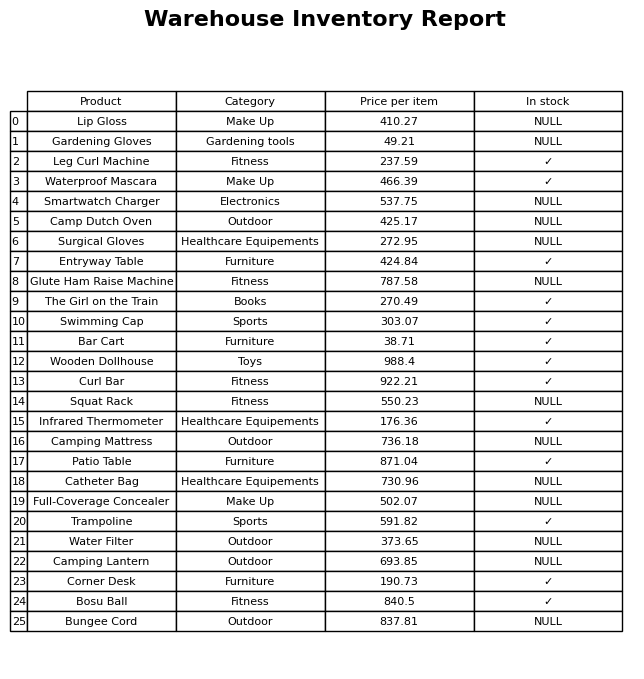
question: Which products are available in stock?
answer: Leg Curl Machine, Waterproof Mascara, Entryway Table, The Girl on the Train, Swimming Cap, Bar Cart, Wooden Dollhouse, Curl Bar, Infrared Thermometer, Patio Table, Trampoline, Corner Desk, Bosu Ball